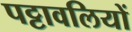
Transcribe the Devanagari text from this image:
पट्टावलियों